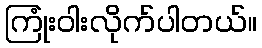
ကြုံးဝါးလိုက်ပါတယ်။